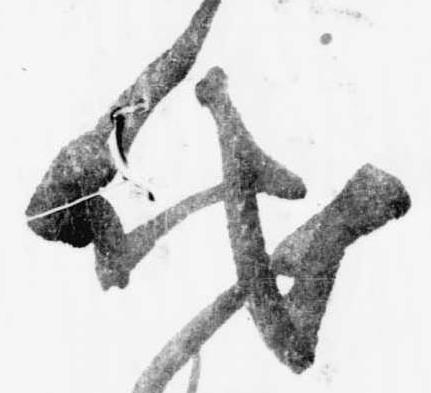
代